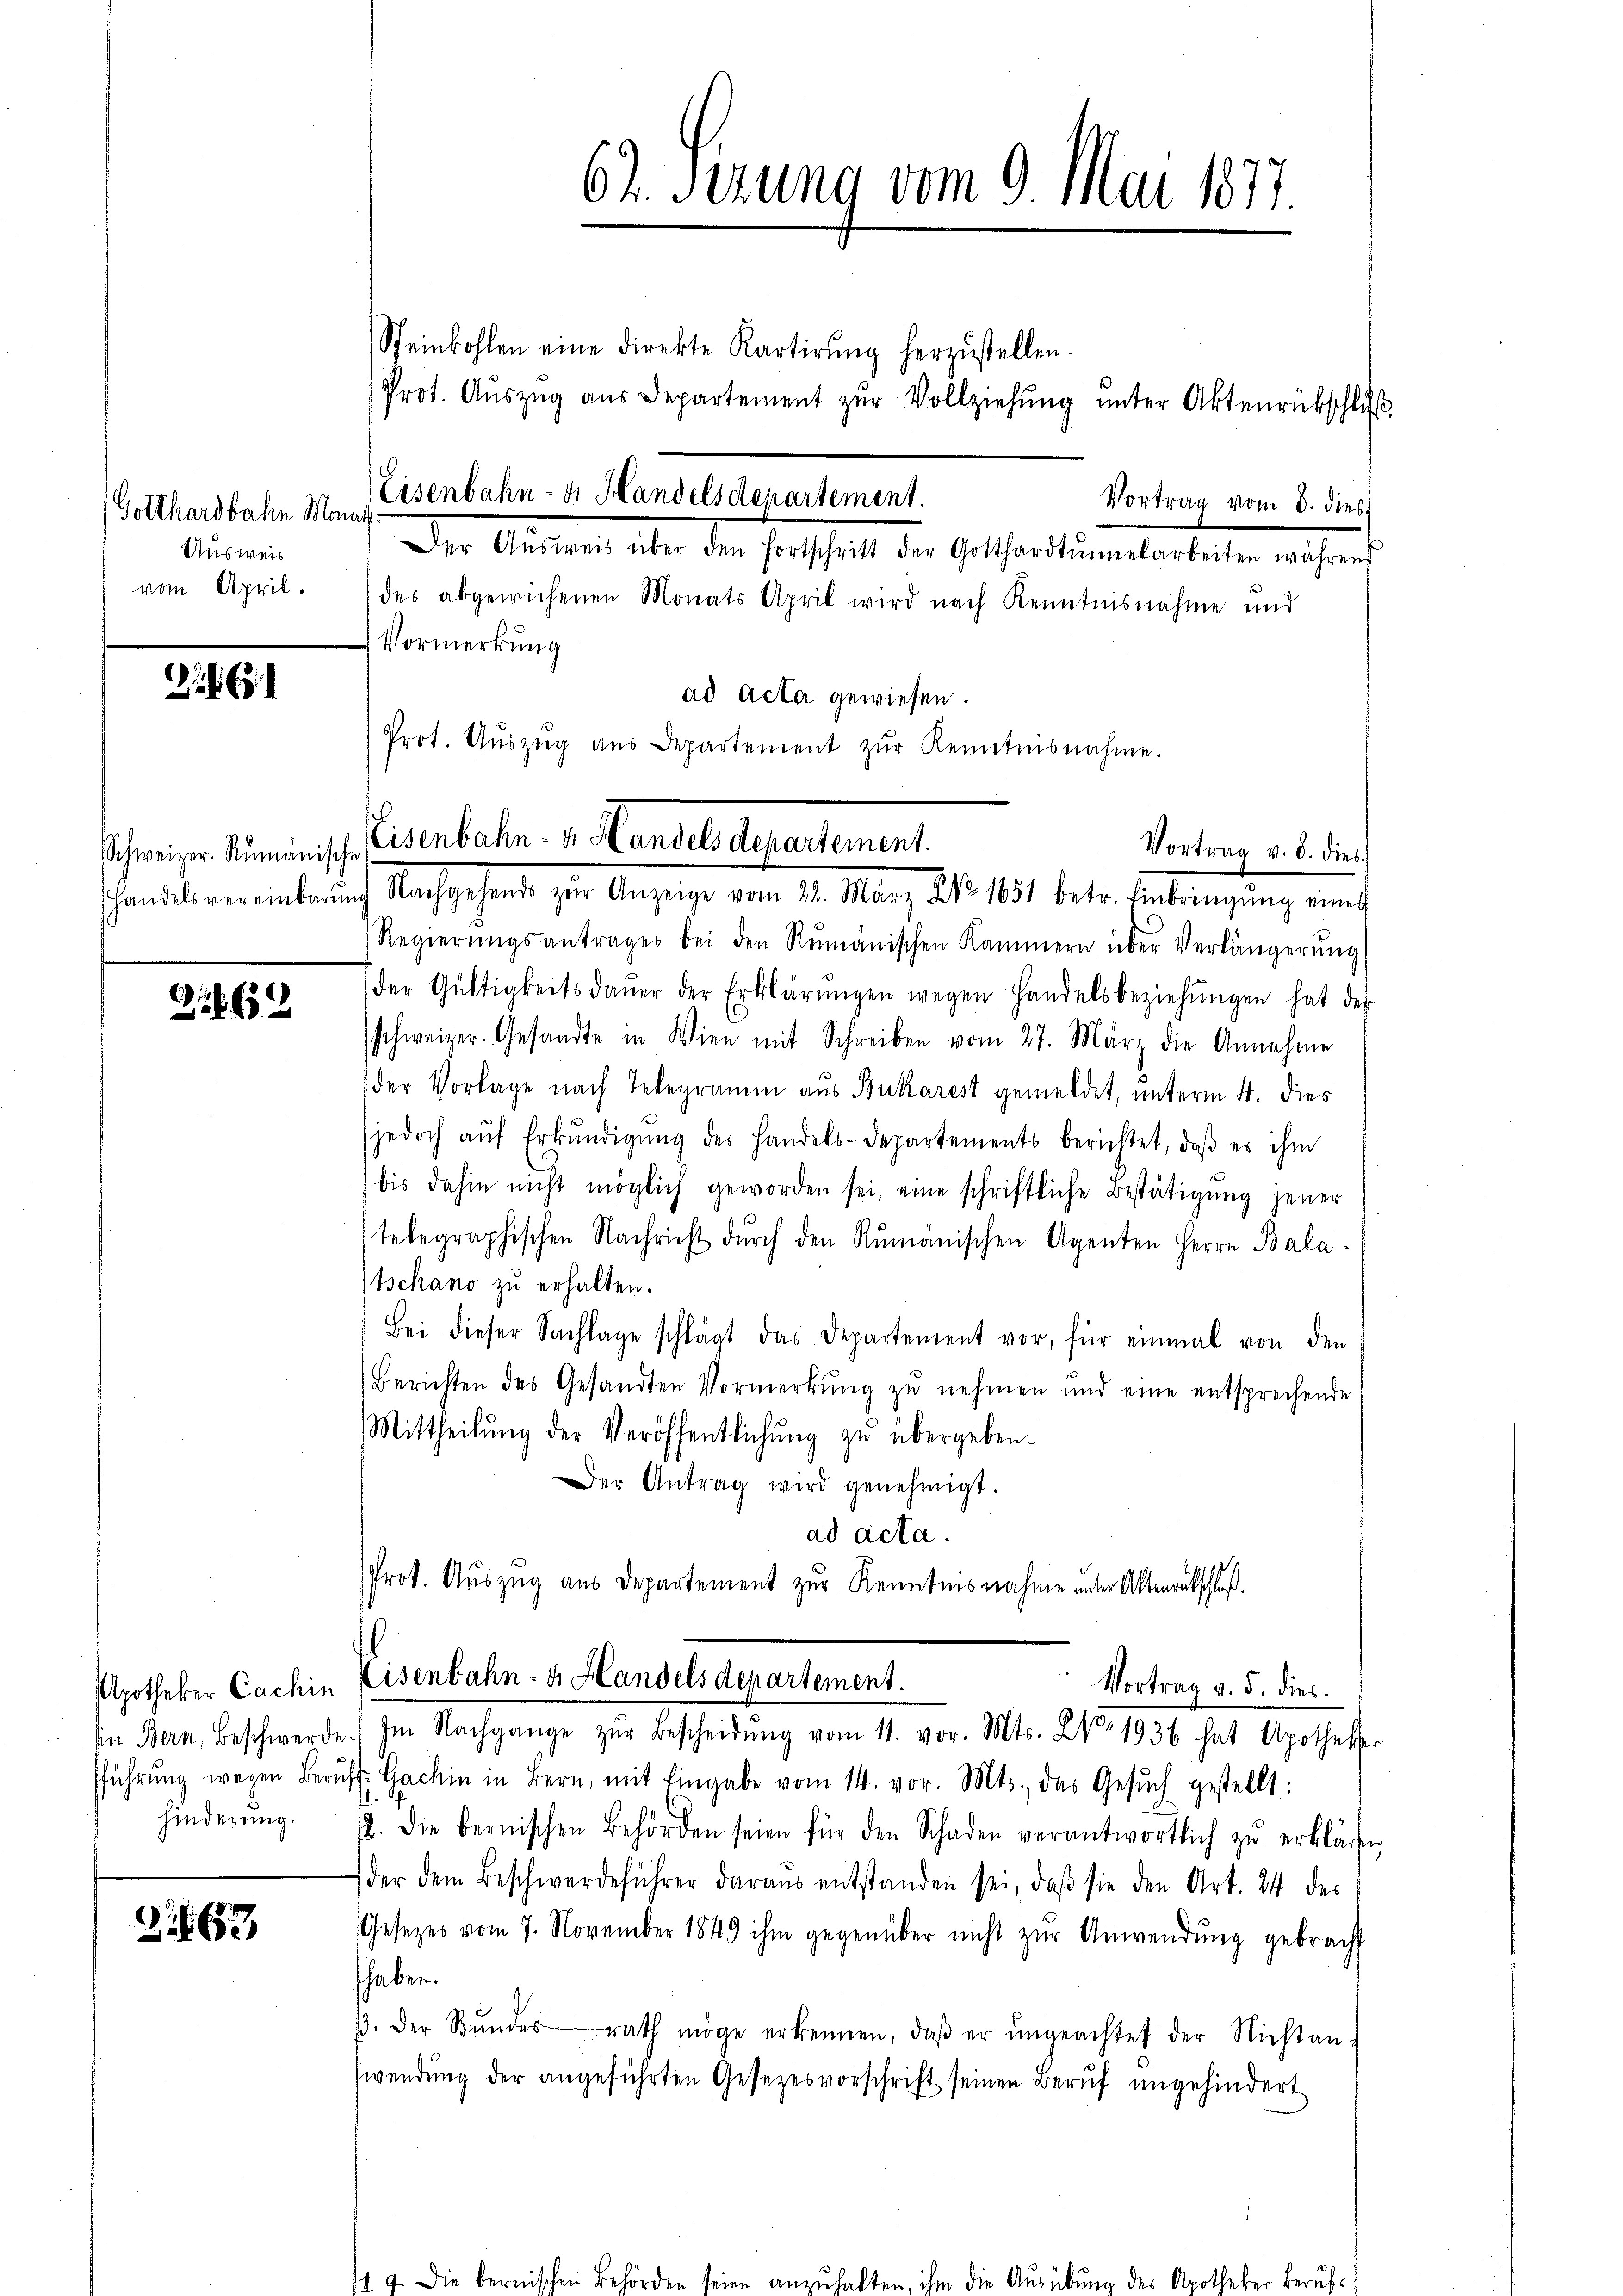
Gotthardbahn Monat
Ausweis
vom April.

Schweizer. Rumänische

61. 659

267

des abgewichenen Monats April wird nach Kenntnisnahme und
Vormerkung
ad Acta gewiesen.
Prot. Aŭszŭg aŭs Departement zŭr Kenntnisnahme.

62. Sezung vom 9. Mai 1877.
Steinkohlen eine direkte Kartirŭng herzŭstellen.
Prot. Aŭszŭg aŭs Departement zŭr Vollziehŭng ŭnter Aktenrückschlŭβ
Eisenbahn- & Handelsdenartement.
Vortrag vom 8. dies
Der Anderen über den Forsthalt der Gotharitum barbeiten während

Osenbahr 1. Landels Ausartement
Vortrag v. 8. dies
schanike vereinbrauch Nachgehende zur Anzeige von 121. May d. d. 1851 betr. Einbringung eine

Regierŭngsantrages bei den Rŭmanischen Kammern über Verlängerŭng
der Gültigkeitsdaŭer der Erklärŭngen wegen Handelsbeziehŭngen hat des
schweizer. Gesandte in Wien mit Schreiben vom 27. März die Annahme
der Vorlage nach Telegramm aus Bukarest gemeldet, unterm 4. dies
(jedoch aŭf Erkŭndigŭng des Handels-Departements berichtet, daβ es ihm
bis dahin nicht möglich geworden sei, eine schriftliche Bestätigung jener
telegraphischen Nachricht dŭrch den Rumänischen Agenten Herrn Bala¬
Tschano zu erhalten.
Bei dieser Sachlage schlägt das Departement vor, für einmal von den
Berichten des Gesandten Vormerkŭng zŭ nehmen und eine entsprechende
Mittheilŭng der Veröffentlichŭng zu übergeben.
Der Antrag wird genehmigt.
ad acta.
Prot. Auszug aus Departement zur Kenntnisnahme unter Aktenrutschluß.

Apotheker Cachin Eisenbahn- & Handels denartement.
Vortrag v. 5. dies
Ein Bern, Beschwerde. Im Nachgange zŭr Bescheidŭng vom 11. vor. Mts. No. 1936 hat Apotheker

be

fführŭng wegen Berŭft. Gachin in Bern, mit Eingabe vom 14. vor. Mts., das Gesŭch gestellt:
hinderŭng. 12. die bernischen Behörden seien für den Schaden verantwortlich zŭ erklären
der dem Beschwerdeführer daraus entstanden sei, daβ sie den Art. 24 des
Gesetzes vom 7. November 1849 ihm gegenüber nicht zŭr Anwendŭng gebracht
haben.
/3. der Bŭndesrath möge erkennen, daβ er ŭngeachtet der Nichtan-
wendung der angeführten Gesezesvorschrift seinen Beruf ungehindert